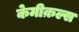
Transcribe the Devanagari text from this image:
केमीक़ल्स